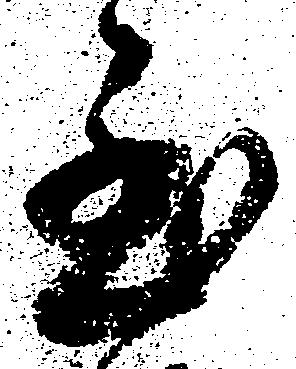
至